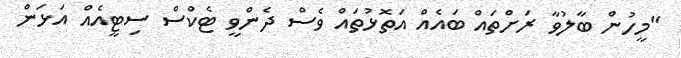
"މީހުން ބާލުވާ ރަށްތައް ބައެއް އަތޮޅުތައް ވެސް ދެންވީ ޓެކްސް ސިޓީއެއް އަޅަން